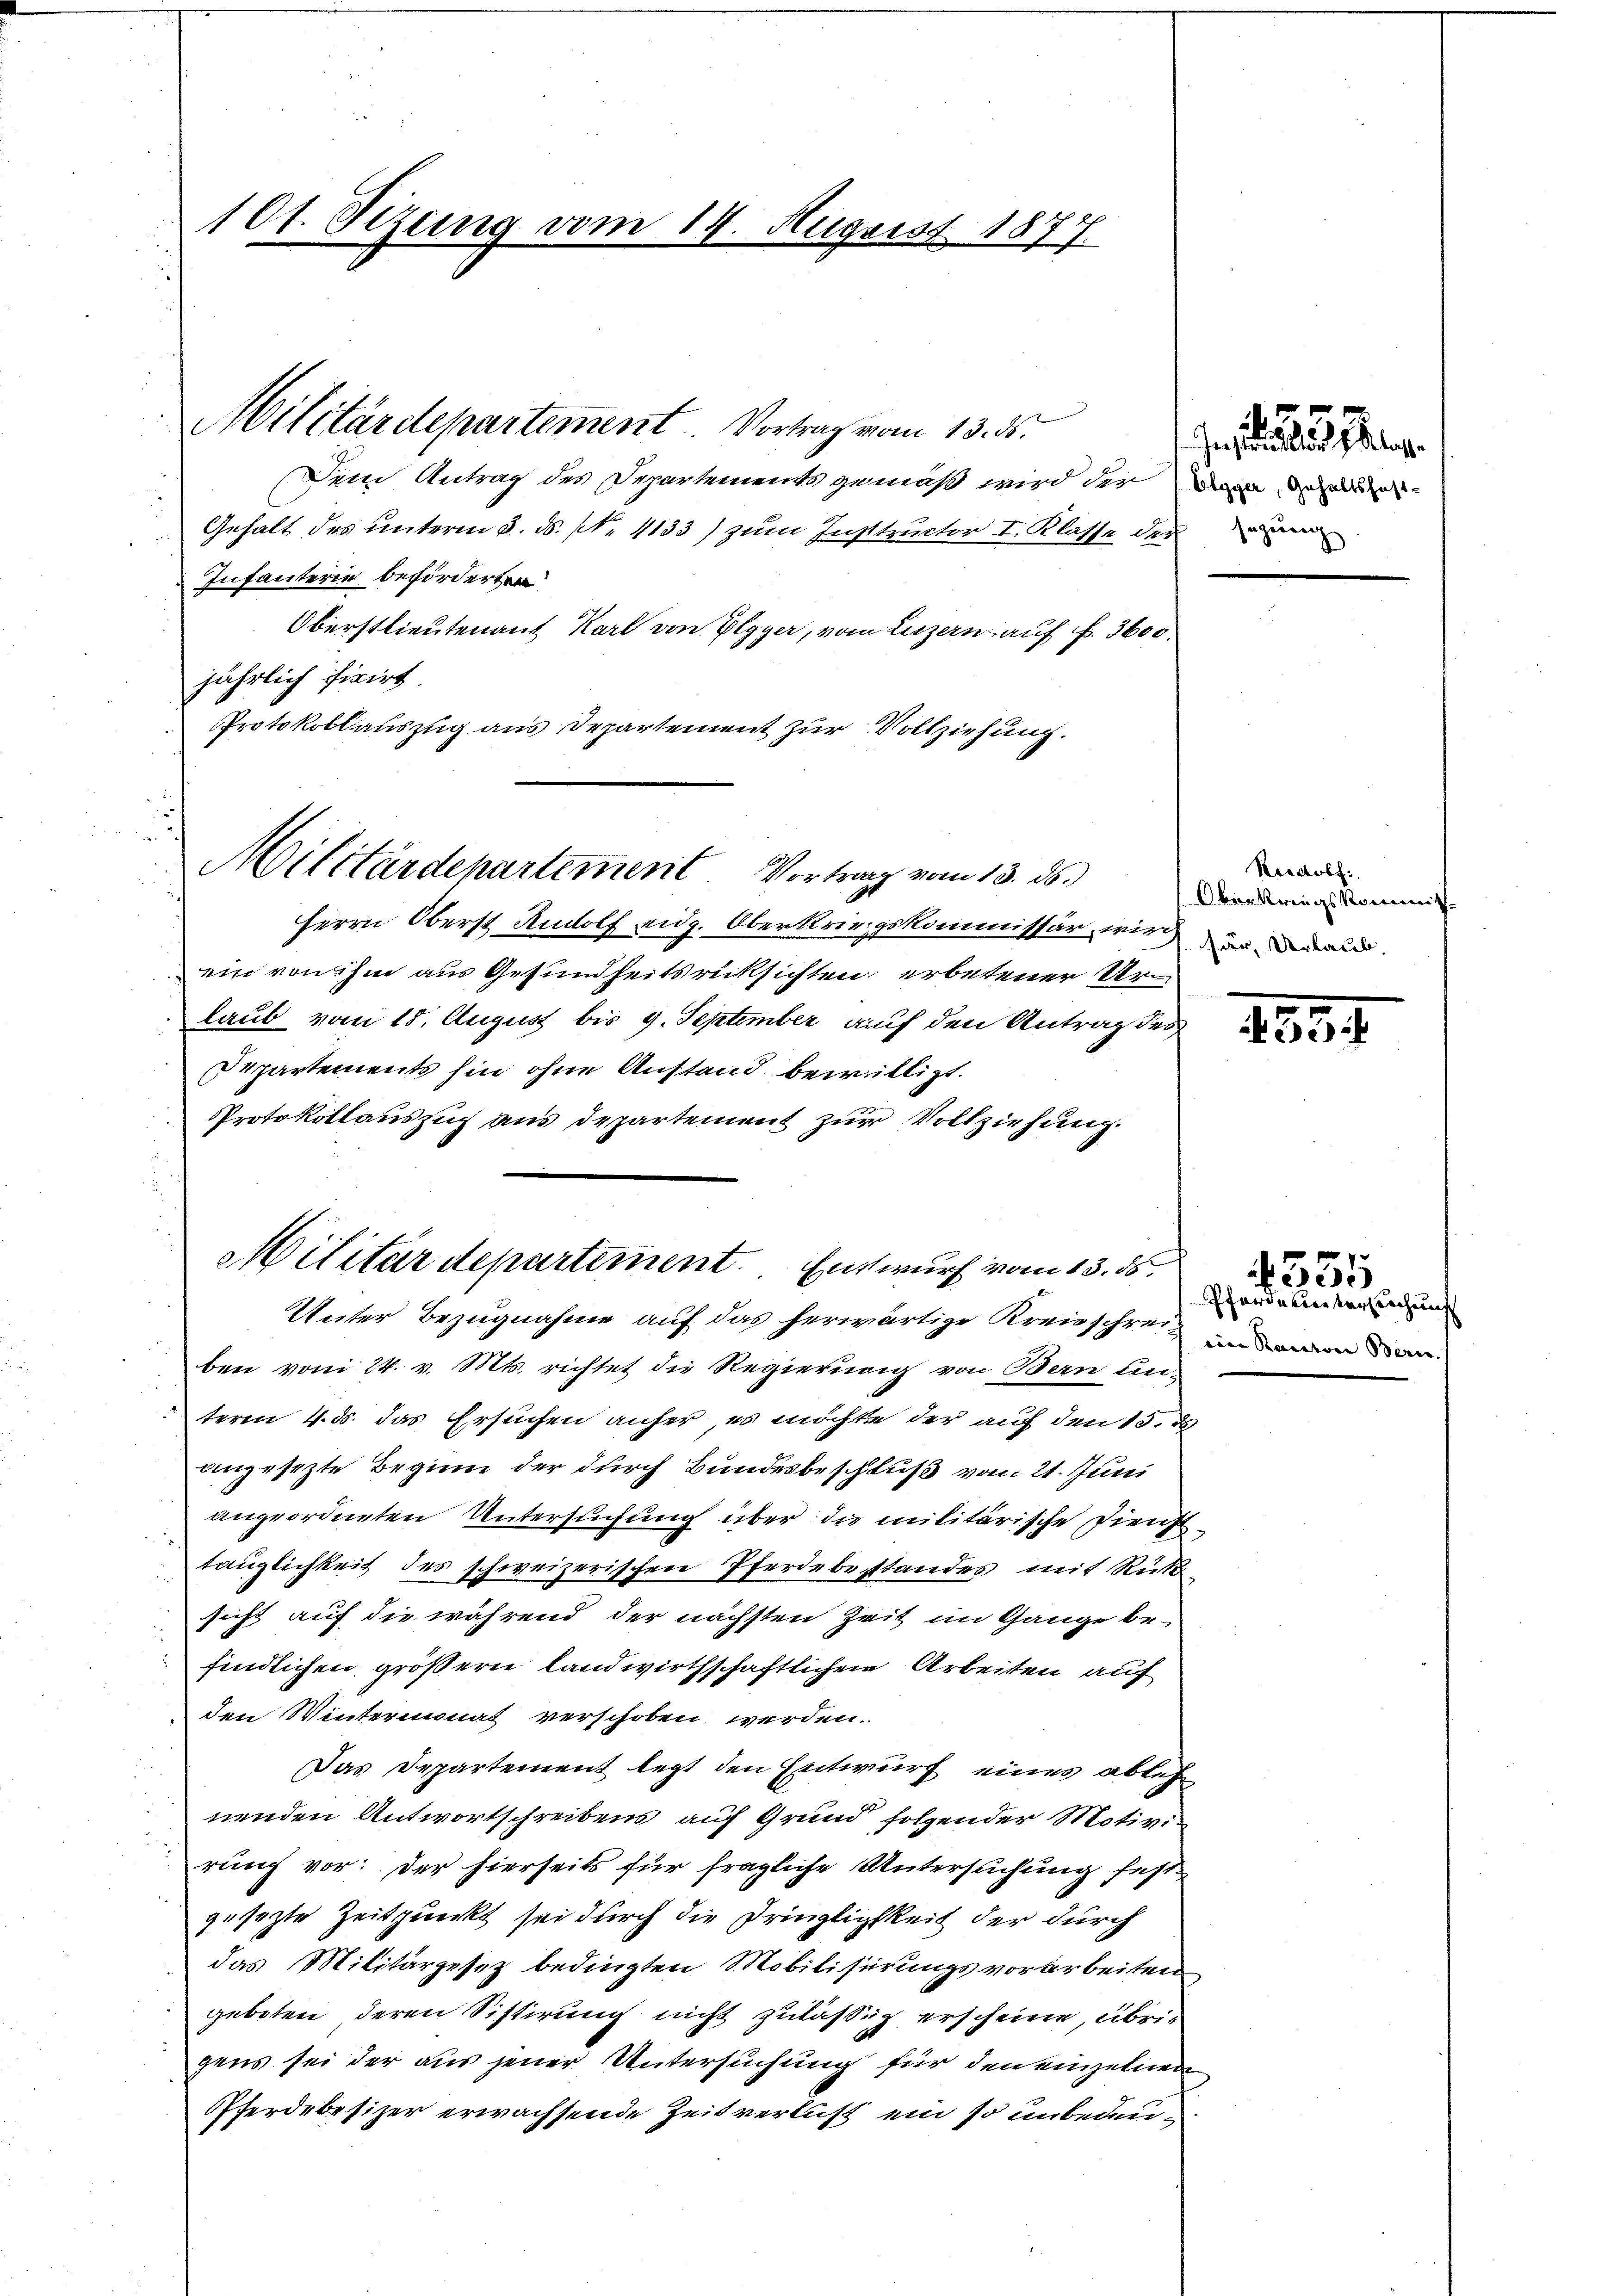
101. Sizung vom 14. August 1877

Militärdepartement. Vortrag vom 13. ds.

Dem Antrag des Departements gemäß wird der Dann da
Gehalt des unterm 3. ds. N. 4133) zum Instructor I. Klasse der
Infanterie beförderten
Oberstlieutenant Karl von Elgger, vom Luzern auf f. 3600.
jährlich fixirt.
Protokollauszug aus Departement zur Vollziehung.
Herrn Oberst Rudolf eidg. Oberkriegskommissär, wird
ein von ihm aus Gesundheitsrücksichten erbetener Urlaub vom 18. August bis 9. September auf den Antrag des
epartements hin ohne Anstand bewilligt.
Protokollauszug aus Departement zur Vollziehung.
Unter Bezugnahme auf das herwärtige Kreisschreizen
ben vom 24. v. Mts. richtet die Regierung von Bern unterm 4. ds. das Ersuchen anfer, es möchte der auf den 15. d
angesetzte Beginn der durch Bundesbeschluß vom 21. Juni
angeordneten Untersuchung über die militärische Diensttauglichkeit des schweizerischen Pferdebesstandes mit Rück-
sicht auf die während der nächsten Zeit im Gange befindlichen größern landwirthschaftlichen Arbeiten auf
den Wintermonat verschoben werden.
Das Departement legt den Entwurf eines ablehn
nenden Antwortschreibens auf Grund folgender Motivirung vor: der hierseits für fragliche Untersuchung fest
gesetzte Zeitpunkt sei durch die Pringlichkeit der durch
das Militärgesez bedingten Mobilisierungsvorarbeiten
geboten, deren Sistirung nicht zulässig erscheine, übri-
gens sei der aus jener Untersuchung für den einzelnen
Pferdebesizer erwachsende Zeitverlust ein so unbedeu¬

Militärdepartement Vortrag vom 13. ds.

Militärdepartement. Entwurf vom 13. ds.

Reedorf:
Oberkriegskommis
här, Urlaub.

133

355

Pferde eine Vereichung